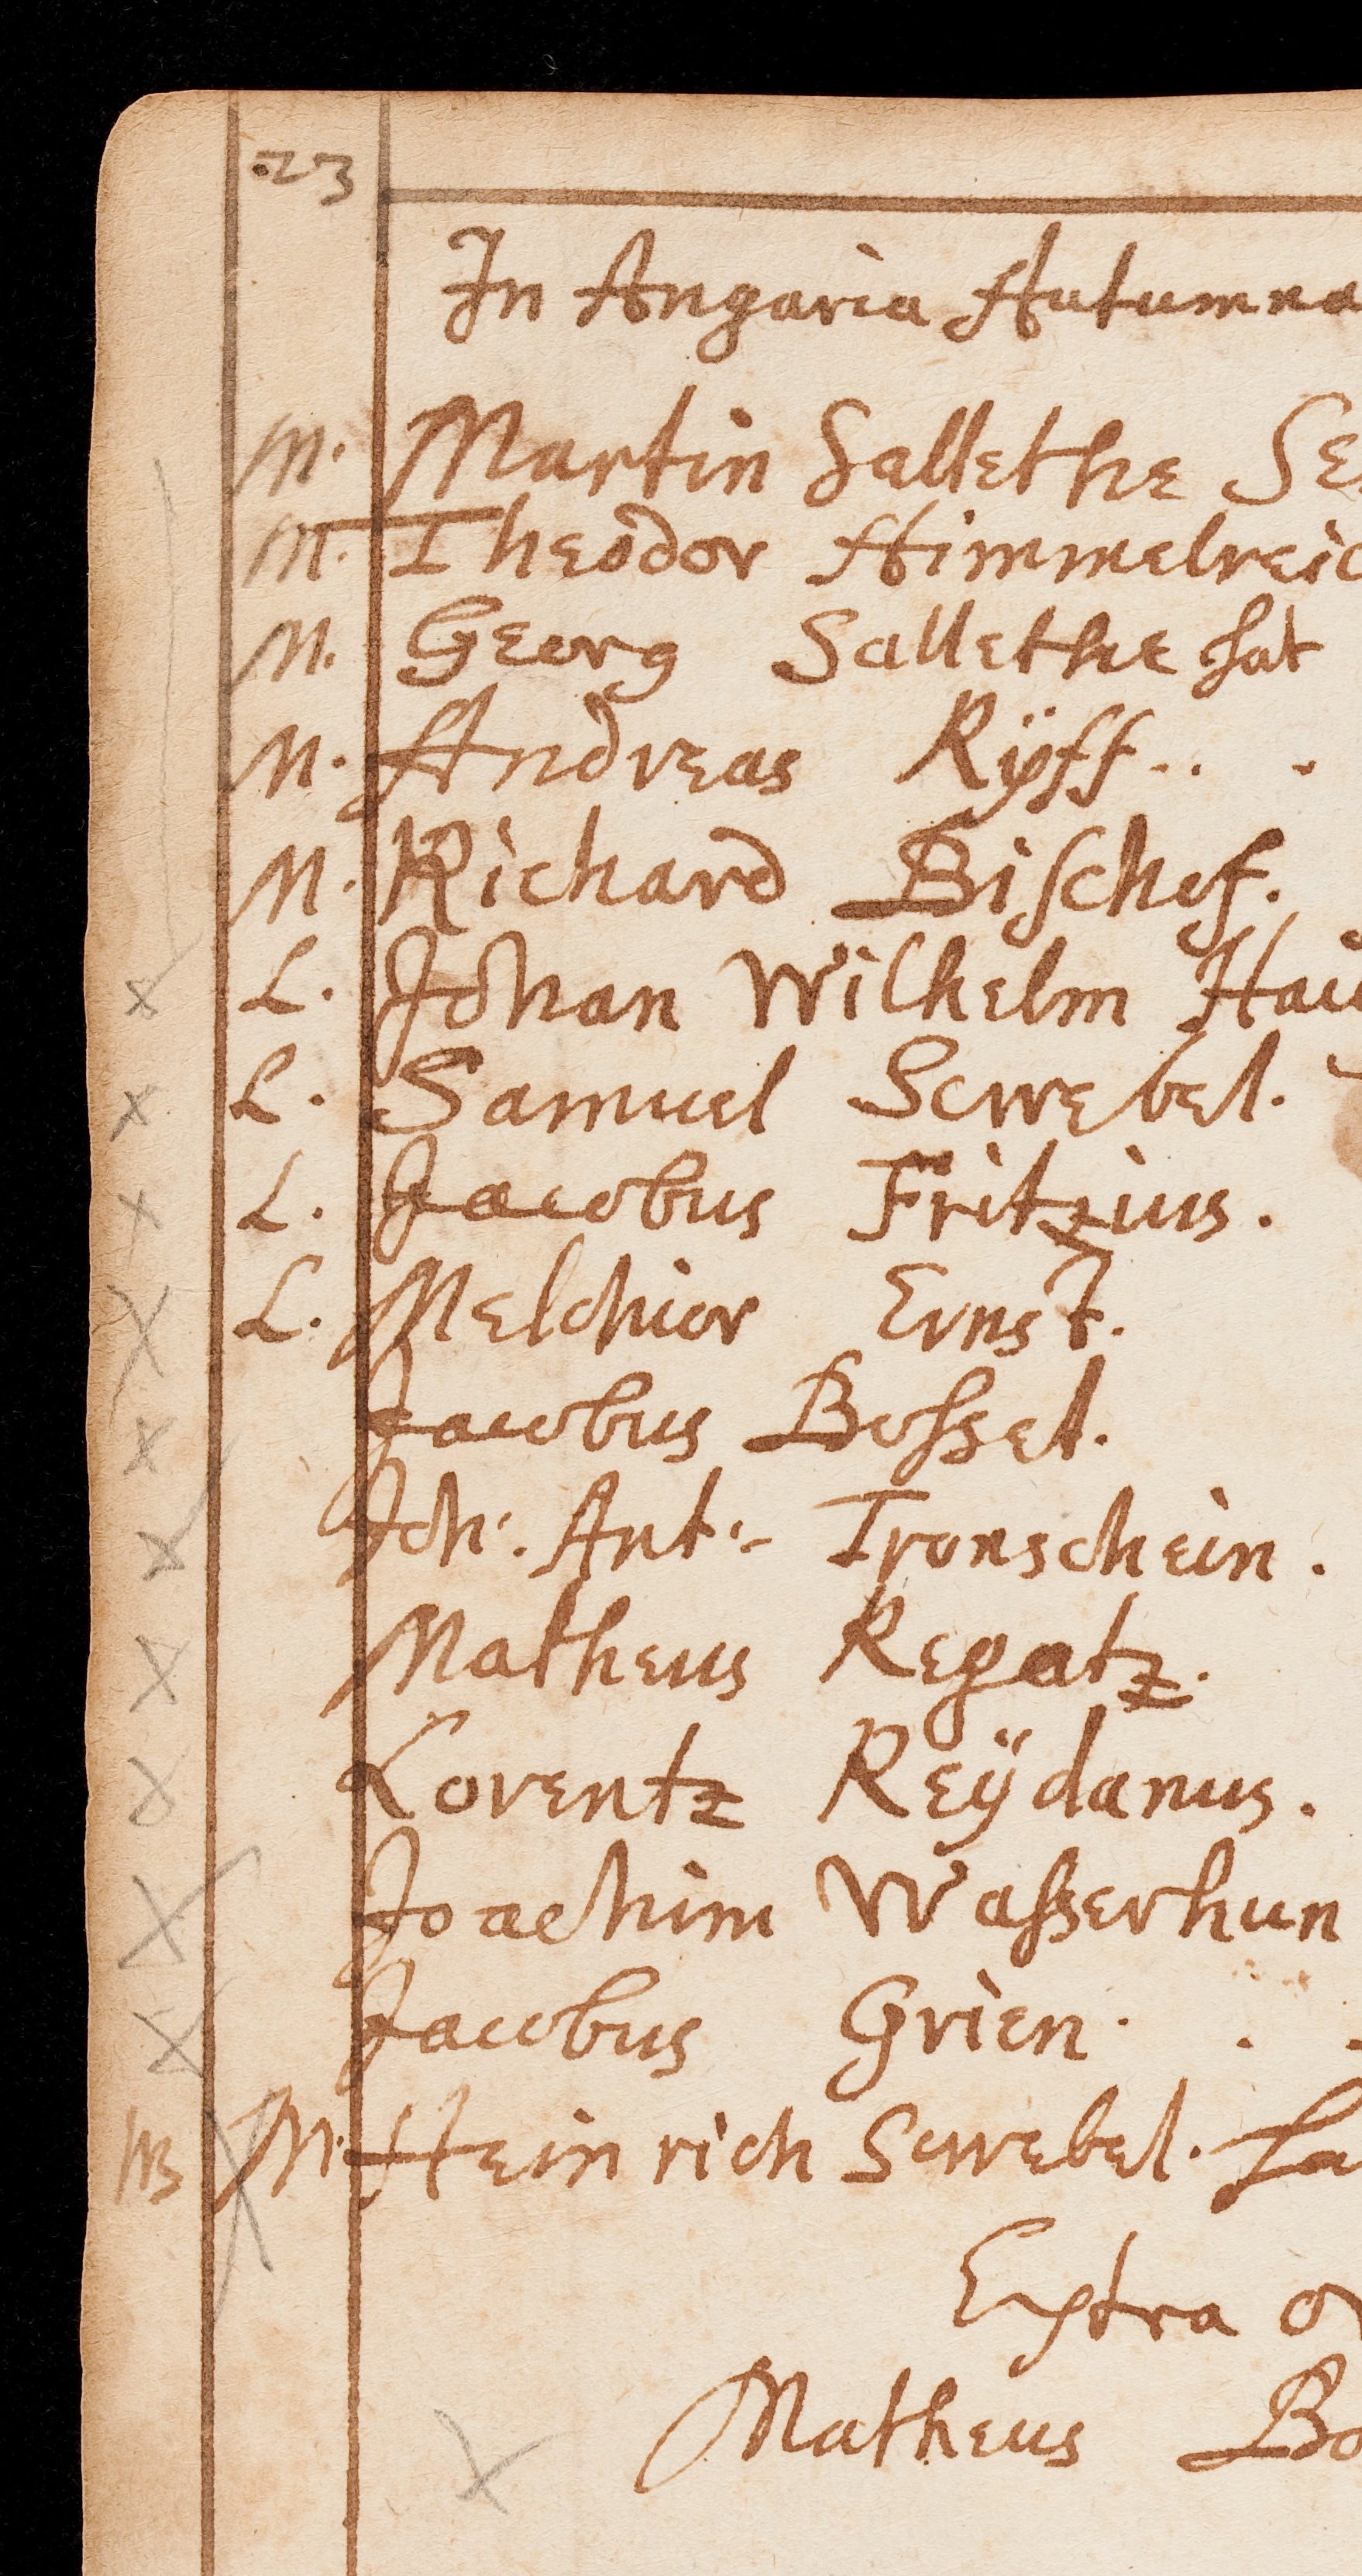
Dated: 1594–1682